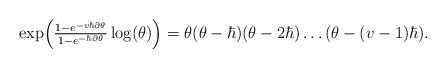
\begin{align*}\exp\Bigl(\tfrac{1-e^{-v\hbar\partial\theta}}{1-e^{-\hbar\partial\theta}}\log(\theta)\Bigr)=\theta(\theta-\hbar)(\theta-2\hbar)\dots(\theta-(v-1)\hbar).\end{align*}